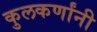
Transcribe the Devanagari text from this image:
कुलकर्णांनी